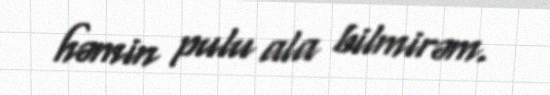
həmin pulu ala bilmirəm.